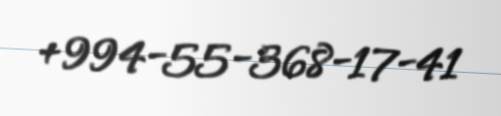
+994-55-368-17-41